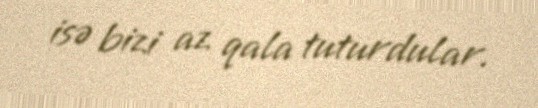
isə bizi az qala tuturdular.